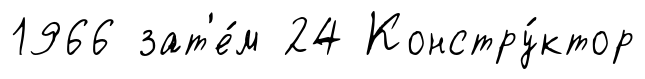
1966 зат'е́м 24 Констру́ктор